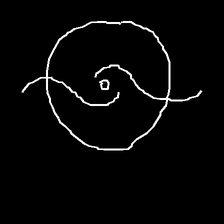
Glyph: repetition